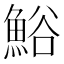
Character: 𩷝